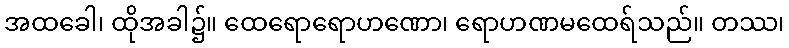
အထခေါ၊ ထိုအခါ၌။ ထေရောရောဟဏော၊ ရောဟဏမထေရ်သည်။ တဿ၊